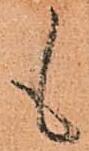
も